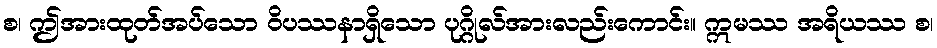
စ၊ ဤအားထုတ်အပ်သော ဝိပဿနာရှိသော ပုဂ္ဂိုလ်အားလည်းကောင်း။ ဣမဿ အရိယဿ စ၊